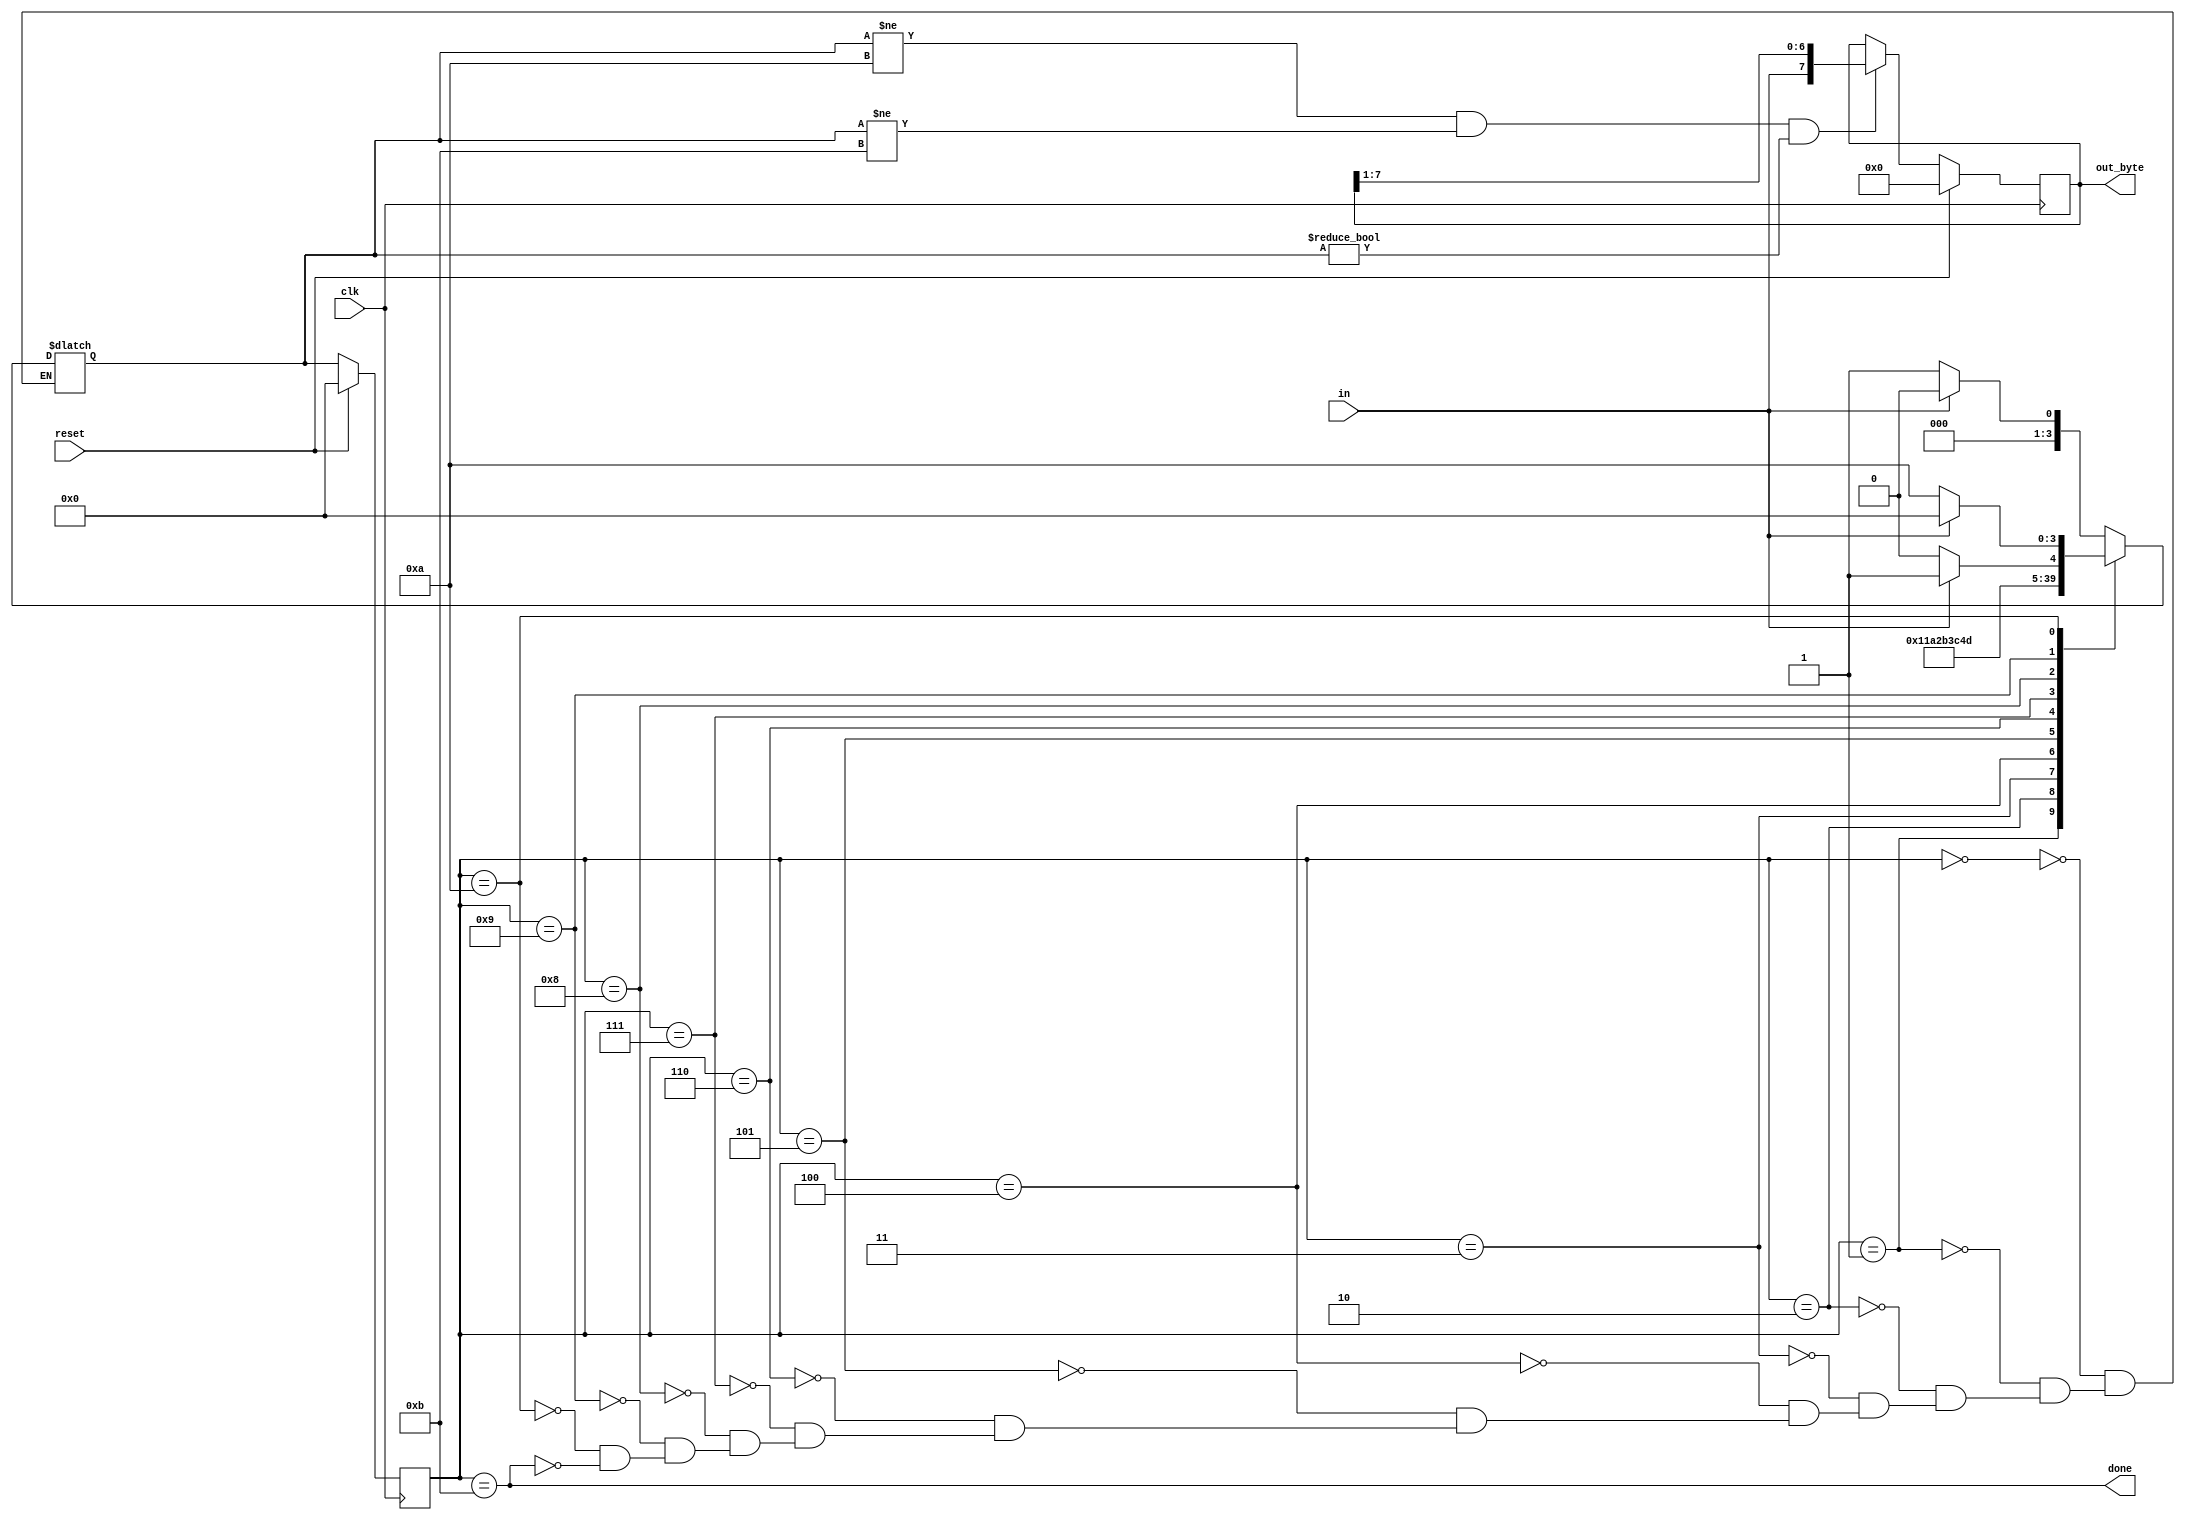
module top_module(
    input clk,
    input in,
    input reset,    // Synchronous reset
    output [7:0] out_byte,
    output done
); //

    // Use FSM from Fsm_serial
    parameter  IDLE=0, START=1, D0=2, D1=3, D2=4, D3=5, D4=6, D5=7, D6=8, D7=9, DISC=10, STOP=11;
    reg [3:0] state, next;
    
    always @ (*) begin
        case (state)
            IDLE	: next = in ? IDLE : START;
            START	: next = D0;
            D0		: next = D1;
            D1		: next = D2;
            D2		: next = D3;
            D3		: next = D4;
            D4		: next = D5;
            D5		: next = D6;
            D6		: next = D7;
            D7		: next = in ? STOP : DISC;
            DISC	: next = in ? IDLE : DISC;
            STOP	: next = in ? IDLE : START;
        endcase
    end
    
    always @ (posedge clk) begin
        if (reset) state <= IDLE;
        else state <= next;
    end
    
    assign done = state == STOP;
    
    // New: Datapath to latch input bits.
    always @ (posedge clk) begin
        if (reset) out_byte <= 8'b0;
        else if (next != DISC & next != STOP & next != IDLE) begin
            out_byte <= {in, out_byte[7:1]};
        end
    end

endmodule